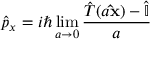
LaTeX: { \hat { p } } _ { x } = i \hbar \operatorname* { l i m } _ { a \rightarrow 0 } { \frac { { \hat { T } } ( a \mathbf { \hat { x } } ) - { \hat { \mathbb { I } } } } { a } }